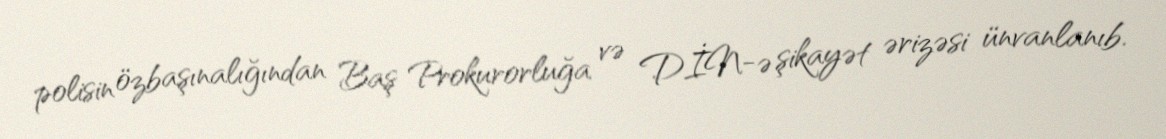
polisin özbaşınalığından Baş Prokurorluğa və DİN-ə şikayət ərizəsi ünvanlanıb.